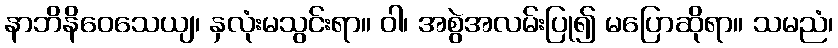
နာဘိနိဝေသေယျ၊ နှလုံးမသွင်းရာ။ ဝါ၊ အစွဲအလမ်းပြု၍ မပြောဆိုရာ။ သမညံ၊